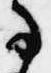
事